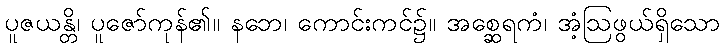
ပူဇယန္တိ၊ ပူဇော်ကုန်၏။ နဘေ၊ ကောင်းကင်၌။ အစ္ဆေရကံ၊ အံ့ဩဖွယ်ရှိသော